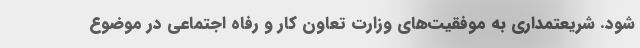
شود. شریعتمداری به موفقیت‌های وزارت تعاون کار و رفاه اجتماعی در موضوع